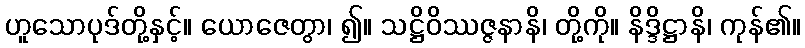
ဟူသောပုဒ်တို့နှင့်။ ယောဇေတွာ၊ ၍။ သဋ္ဌိဝိဿဇ္ဇနာနိ၊ တို့ကို။ နိဒ္ဒိဋ္ဌာနိ၊ ကုန်၏။